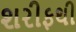
શરીફથી